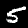
Digit: 5